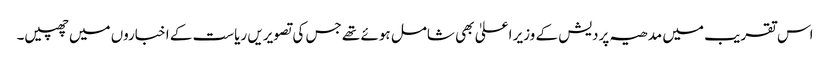
اس تقریب میں مدھیہ پردیش کے وزیر اعلیٰ بھی شامل ہوئے تھے جس کی تصویریں ریاست کے اخباروں میں چھپیں۔